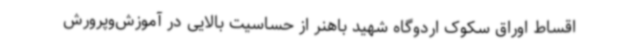
اقساط اوراق سکوک اردوگاه شهید باهنر از حساسیت بالایی در آموزش‌وپرورش